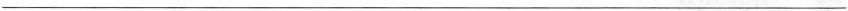
___